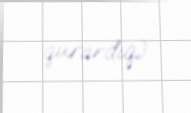
qurardıq).